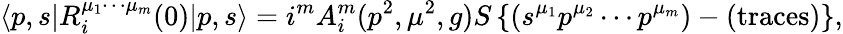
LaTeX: \langle p,s|R_{i}^{\mu_{1}\cdots\mu_{m}}(0)|p,s\rangle=i^{m}A_{i}^{m}(p^{2},\mu^{2},g)S\left\{ (s^{\mu_{1}}p^{\mu_{2}}\cdots p^{\mu_{m}})-(\mathrm{traces})\right\} ,